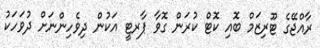
ރާއްޖޭގެ ޓޫރިޒަމް ބޮއި ކޮޓް ކުރަން ގޮވާ ޕާރޓީ އަކުން ދިވެހިންނަށް ދުވަހަކު